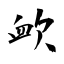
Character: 欰